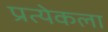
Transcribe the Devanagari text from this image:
प्रत्येकला